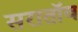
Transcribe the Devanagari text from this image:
सरातॉव